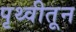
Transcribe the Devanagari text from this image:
पृथ्वीतून